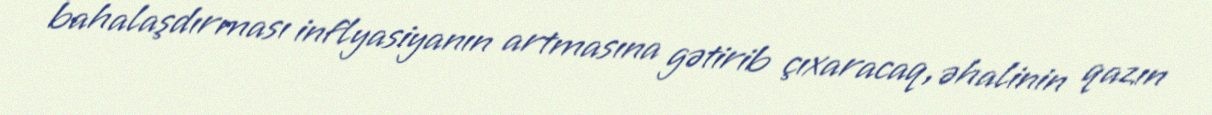
bahalaşdırması inflyasiyanın artmasına gətirib çıxaracaq, əhalinin qazın